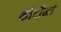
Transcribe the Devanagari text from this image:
कोटीनां